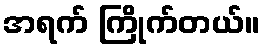
အရက် ကြိုက်တယ်။